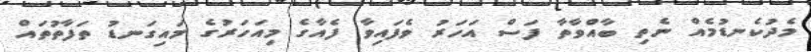
މެދުކެނޑުމެއް ނެތި ބާއްވާތާ ފަސް އަހަރު ވެފައިވާ ފެއާގެ މިއަހަރުގެ މައިގަނޑު ތަފާތުތައް